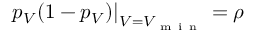
\left. p _ { V } ( 1 - p _ { V } ) \right| _ { V = V _ { \mathrm { ~ m ~ i ~ n ~ } } } = \rho